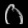
Digit: ၀